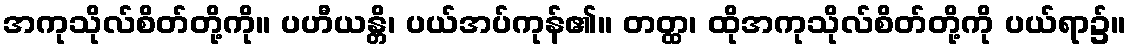
အကုသိုလ်စိတ်တို့ကို။ ပဟီယန္တိ၊ ပယ်အပ်ကုန်၏။ တတ္ထ၊ ထိုအကုသိုလ်စိတ်တို့ကို ပယ်ရာ၌။